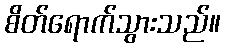
စိတ်ရောက်သွားသည်။